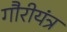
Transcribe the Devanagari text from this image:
गौरीयंत्र